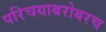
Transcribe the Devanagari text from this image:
परिचयाबरोबरच